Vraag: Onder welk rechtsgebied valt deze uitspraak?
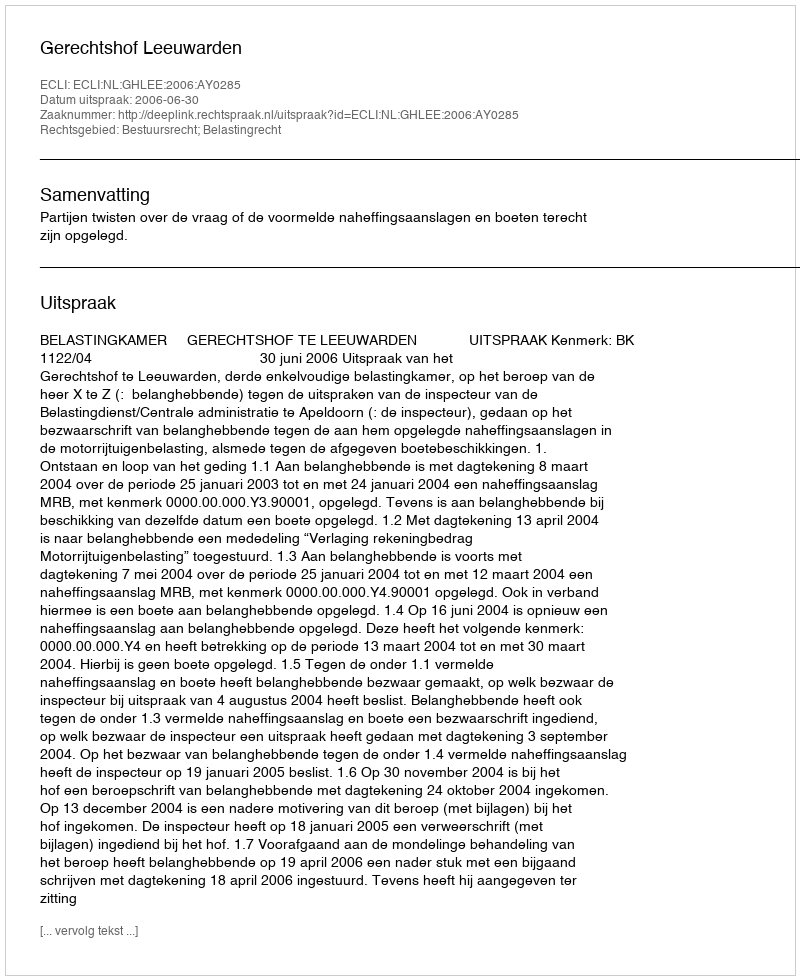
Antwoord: Bestuursrecht; Belastingrecht